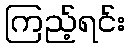
ကြည့်ရင်း